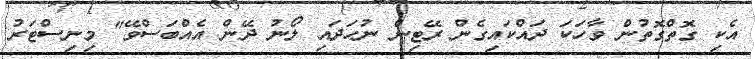
އެކި ގޮތްގޮތުން ވާހަކަ ދައްކައިގެން ރޭޓިން ނުހަދައި ލޯނު ދޭން އެއްބަސްވޭ" މިނިސްޓަރު